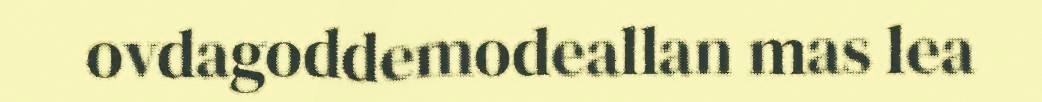
ovdagoddemodeallan mas lea